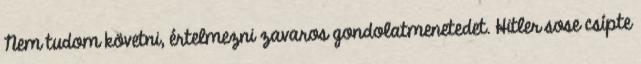
Nem tudom követni, értelmezni zavaros gondolatmenetedet. Hitler sose csípte